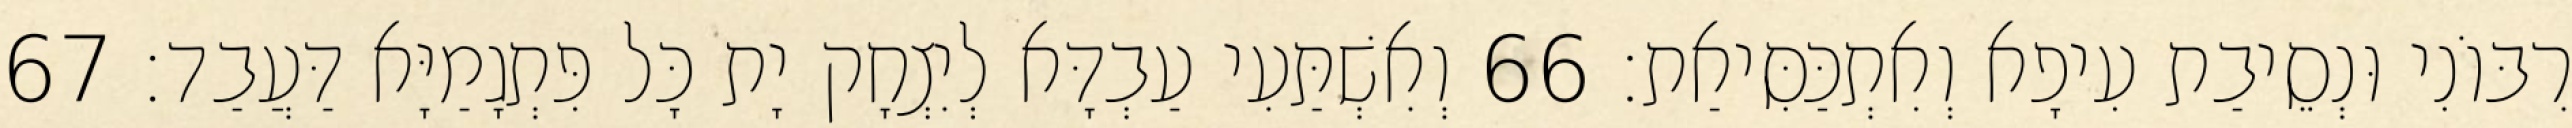
רִבּוֹנִי וּנְסֵיבַת עִיפָא וְאִתְכַּסִּיאַת׃ 66 וְאִשְׁתַּעִי עַבְדָּא לְיִצְחָק יָת כָּל פִּתְגָמַיָּא דַּעֲבַד׃ 67